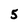
Character: 5